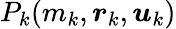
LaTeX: P_{k}(m_{k},\boldsymbol{r}_{k},\boldsymbol{u}_{k})